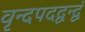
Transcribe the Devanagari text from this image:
वृन्दपदद्वन्द्वं